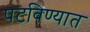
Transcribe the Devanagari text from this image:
पटविण्यात